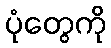
ပုံတွေကို